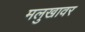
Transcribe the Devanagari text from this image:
मलुखावर